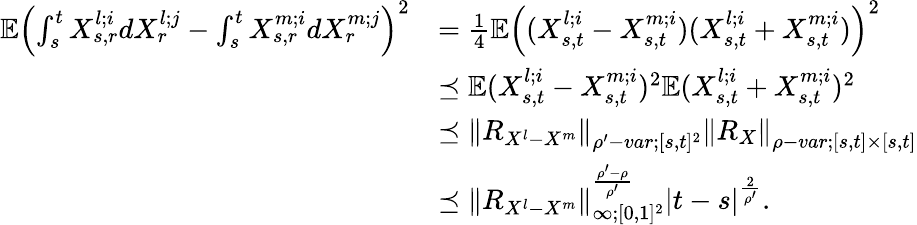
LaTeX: \begin{array}{rl}{\mathbb{E}\left(\int_{s}^{t}X_{s,r}^{l;i}dX_{r}^{l;j}-\int_{s}^{t}X_{s,r}^{m;i}dX_{r}^{m;j}\right)^{2}}&{=\frac{1}{4}\mathbb{E}\left((X_{s,t}^{l;i}-X_{s,t}^{m;i})(X_{s,t}^{l;i}+X_{s,t}^{m;i})\right)^{2}}\\ &{\preceq\mathbb{E}(X_{s,t}^{l;i}-X_{s,t}^{m;i})^{2}\mathbb{E}(X_{s,t}^{l;i}+X_{s,t}^{m;i})^{2}}\\ &{\preceq{\left\lVert{R_{X^{l}-X^{m}}}\right\rVert}_{\rho^{\prime}-var;[s,t]^{2}}{\left\lVert{R_{X}}\right\rVert}_{\rho-var;[s,t]\times[s,t]}}\\ &{\preceq{\left\lVert{R_{X^{l}-X^{m}}}\right\rVert}_{\infty;[0,1]^{2}}^{\frac{\rho^{\prime}-\rho}{\rho^{\prime}}}\left|t-s\right|^{\frac{2}{\rho^{\prime}}}.}\end{array}